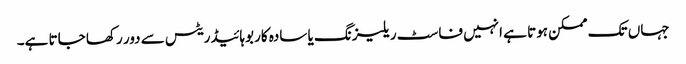
جہاں تک ممکن ہوتا ہے انہیں فاسٹ ریلیزنگ یا سادہ کاربوہائیڈریٹس سے دور رکھا جاتا ہے۔